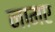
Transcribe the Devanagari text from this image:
नामए